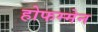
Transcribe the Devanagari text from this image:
होफम्मेन